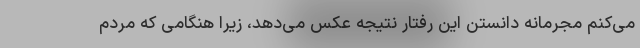
می‌کنم مجرمانه دانستن این رفتار نتیجه عکس می‌دهد، زیرا هنگامی که مردم